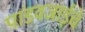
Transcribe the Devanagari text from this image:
पांडवजाईचे